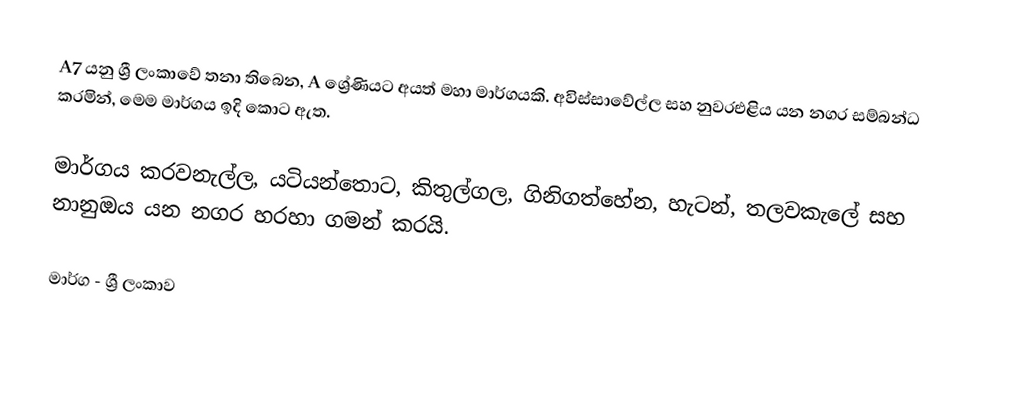
A7  යනු ශ්‍රී ලංකාවේ තනා තිබෙන, A ශ්‍රේණියට අයත් මහා මාර්ගයකි. අවිස්සාවේල්ල සහ නුවරඑළිය යන නගර සම්බන්ධ කරමින්, මෙම මාර්ගය ඉදි කොට ඇත.

මාර්ගය කරවනැල්ල, යටියන්තොට, කිතුල්ගල, ගිනිගත්හේන, හැටන්, තලවකැලේ සහ නානුඔය යන නගර හරහා ගමන් කරයි.

මාර්ග - ශ්‍රී ලංකාව